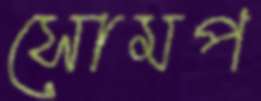
সোমপ